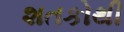
શતકોથી